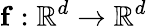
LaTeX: \mathbf{f}:\mathbb{R}^{d}\to\mathbb{R}^{d}